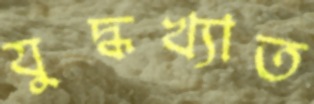
যুদ্ধখ্যাত